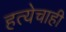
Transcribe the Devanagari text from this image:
हत्येचाही